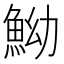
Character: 䱂